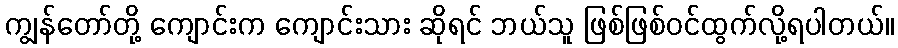
ကျွန်တော်တို့ ကျောင်းက ကျောင်းသား ဆိုရင် ဘယ်သူ ဖြစ်ဖြစ်ဝင်ထွက်လို့ရပါတယ်။